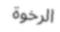
الرخوة